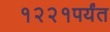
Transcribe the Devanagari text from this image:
१२२१पर्यंत